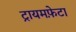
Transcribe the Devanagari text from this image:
ट्रायमफ़ेटा